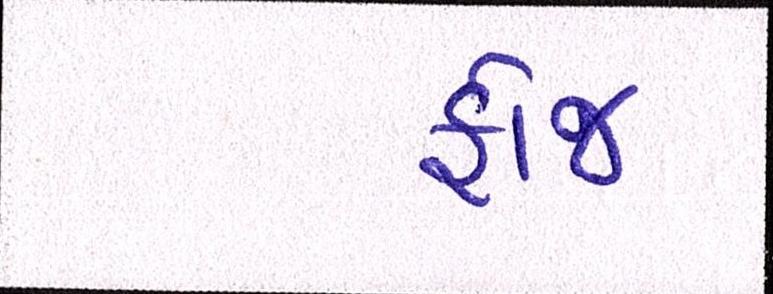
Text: ફોજ